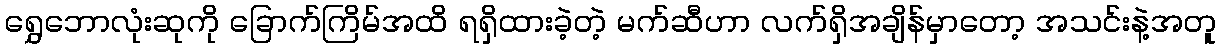
ရွှေဘောလုံးဆုကို ခြောက်ကြိမ်အထိ ရရှိထားခဲ့တဲ့ မက်ဆီဟာ လက်ရှိအချိန်မှာတော့ အသင်းနဲ့အတူ